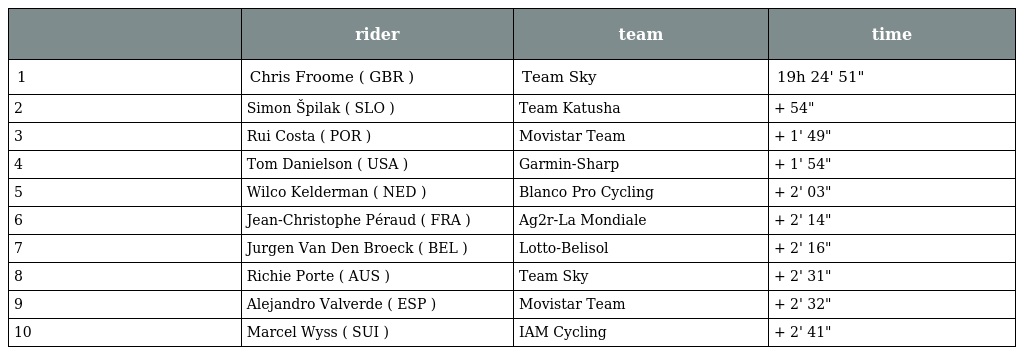
|  | rider | team | time |
 | --- | --- | --- | --- |
 | 1 | Chris Froome ( GBR ) | Team Sky | 19h 24' 51" |
 | 2 | Simon Špilak ( SLO ) | Team Katusha | + 54" |
 | 3 | Rui Costa ( POR ) | Movistar Team | + 1' 49" |
 | 4 | Tom Danielson ( USA ) | Garmin-Sharp | + 1' 54" |
 | 5 | Wilco Kelderman ( NED ) | Blanco Pro Cycling | + 2' 03" |
 | 6 | Jean-Christophe Péraud ( FRA ) | Ag2r-La Mondiale | + 2' 14" |
 | 7 | Jurgen Van Den Broeck ( BEL ) | Lotto-Belisol | + 2' 16" |
 | 8 | Richie Porte ( AUS ) | Team Sky | + 2' 31" |
 | 9 | Alejandro Valverde ( ESP ) | Movistar Team | + 2' 32" |
 | 10 | Marcel Wyss ( SUI ) | IAM Cycling | + 2' 41" |